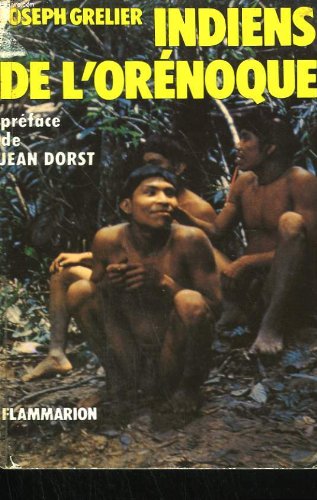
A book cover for Indiens de l'Orenoque (French Edition); Joseph Grelier; Travel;